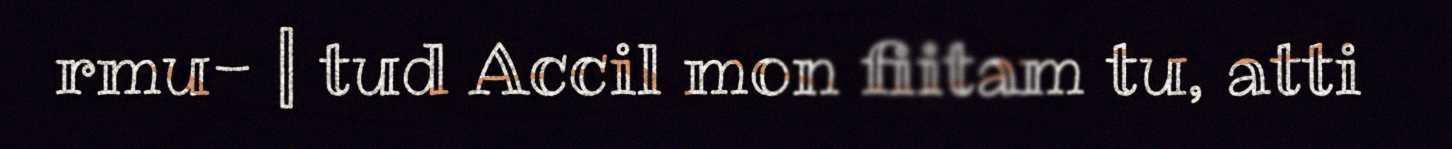
rmu- | tud Accil mon fiitam tu, atti